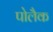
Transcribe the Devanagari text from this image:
पोलैक